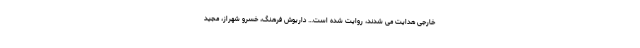
خارجی هدایت می شدند، روایت شده است… داریوش فرهنگ، خسرو شهراز، مجید